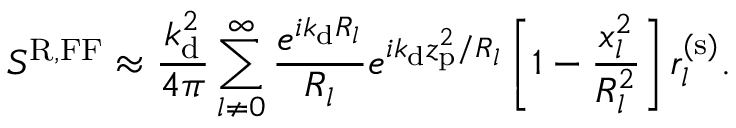
S ^ { \mathrm { R , F F } } \approx \frac { k _ { \mathrm { d } } ^ { 2 } } { 4 \pi } \sum _ { l \neq 0 } ^ { \infty } \frac { e ^ { i k _ { \mathrm { d } } R _ { l } } } { R _ { l } } e ^ { i k _ { \mathrm { d } } z _ { \mathrm { p } } ^ { 2 } / R _ { l } } \left[ 1 - \frac { x _ { l } ^ { 2 } } { R _ { l } ^ { 2 } } \right] r _ { l } ^ { ( \mathrm { s } ) } .